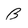
Character: B